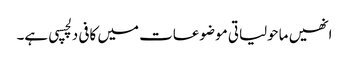
انھیں ماحولیاتی موضوعات میں کافی دلچسپی ہے۔